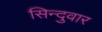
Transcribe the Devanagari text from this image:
सिन्दुवार